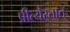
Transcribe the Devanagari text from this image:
प्रीत्यैस्तात्